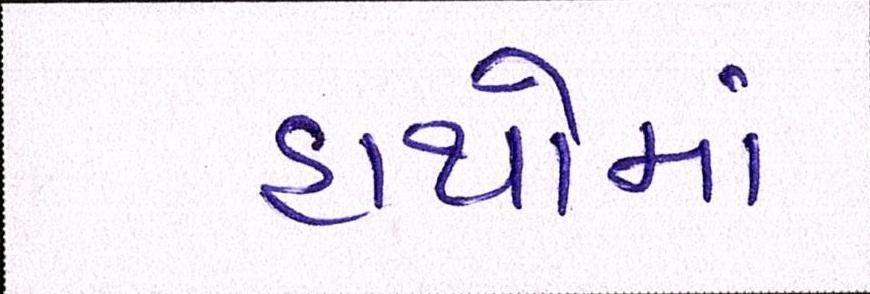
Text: હાથોમાં